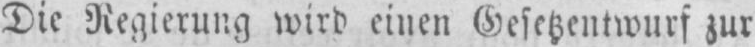
Die Regierung wird einen Gesetzentwurf zur